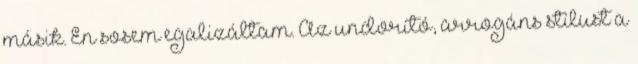
másik. Én sosem egalizáltam. Az undorító, arrogáns stílust a